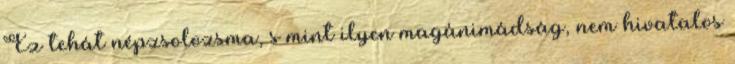
Ez tehát népzsolozsma, s mint ilyen magánimádság, nem hivatalos